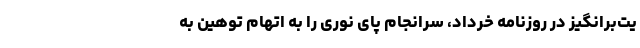
یت‌برانگیز در روزنامه خرداد، سرانجام پای نوری را به اتهام توهین به